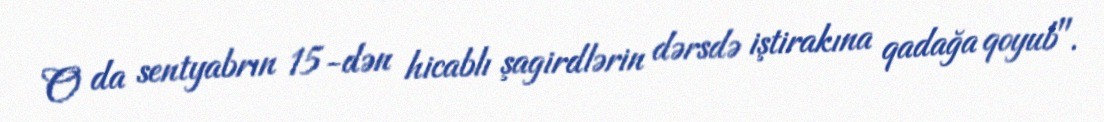
O da sentyabrın 15-dən hicablı şagirdlərin dərsdə iştirakına qadağa qoyub".